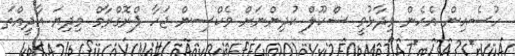
ހުސެއިން އެހެން ވިދާޅުވީ ސްކޫލް ކުދިންނަށް ވެކްސިން ޖަހާ ޕްރޮގްރާމް މިދިޔަ އާދީއްތަ